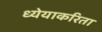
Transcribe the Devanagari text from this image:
ध्येयाकरिता